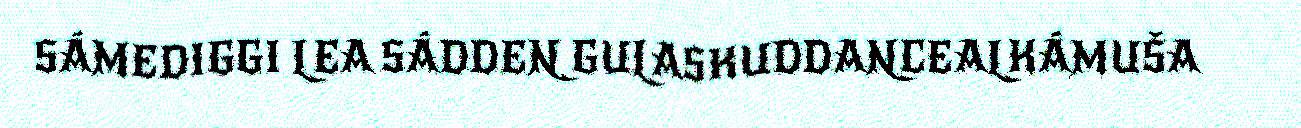
SÁMEDIGGI LEA SÁDDEN GULASKUDDANCEALKÁMUŠA